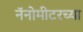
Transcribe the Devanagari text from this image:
नॅनोमीटरच्या